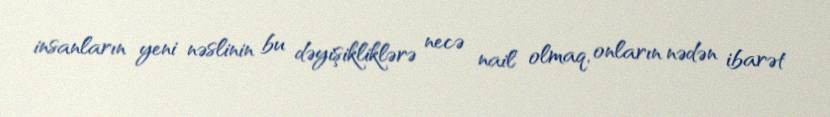
insanların yeni nəslinin bu dəyişikliklərə necə nail olmaq, onların nədən ibarət